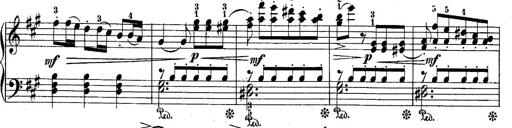
Title: 10 Sonatines progressives
Composer: Anton Schmoll